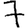
Digit: 7